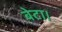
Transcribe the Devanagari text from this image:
बेटा।